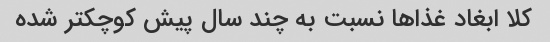
کلا ابغاد غذاها نسبت به چند سال پیش کوچکتر شده